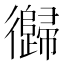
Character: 𱝺